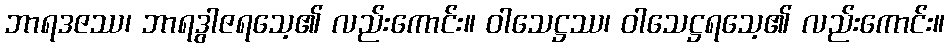
ဘာရဒဇဿ၊ ဘာရဒွါဇရသေ့၏ လည်းကောင်း။ ဝါသေဋ္ဌဿ၊ ဝါသေဋ္ဌရသေ့၏ လည်းကောင်း။